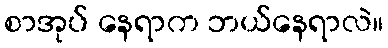
စာအုပ် နေရာက ဘယ်နေရာလဲ။